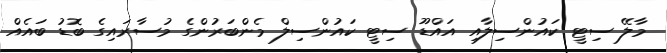
މާލޭ ސިޓީ ކައުންސިލާއި އައްޑޫ ސިޓީ ކައުންސިލް މެންބަރުންގެ މުސާރައިގެ ބޮޑު ބައެއް